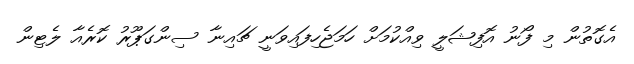
އެގޮތުން މި ފޯނު އޮފިޝަލީ ވިއްކުމަށް ހަމަޖެހިފައިވަނީ ޗައިނާ ސިންގަޕޫރު ކޮރެއާ ލެޓިން